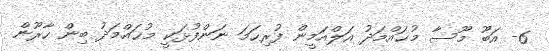
6- އަބޫ މޫސާ މުޙައްމަދު އަލްއަމީން ފުރިހަމަ ނަންފުޅަކީ މުޙައްމަދު ބިން ހާރޫން